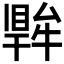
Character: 𤛙